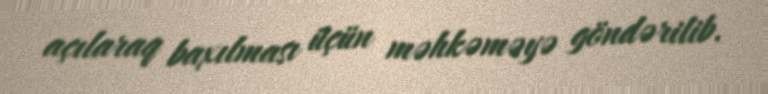
açılaraq baxılması üçün məhkəməyə göndərilib.